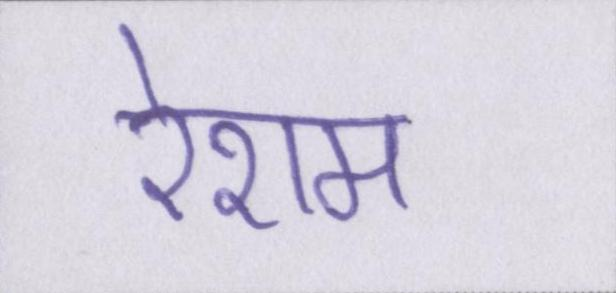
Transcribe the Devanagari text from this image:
रेशम